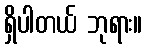
ရှိပါတယ် ဘုရား။